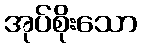
အုပ်စိုးသော